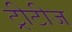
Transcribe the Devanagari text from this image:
ट्रीटीज